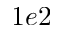
1 e 2